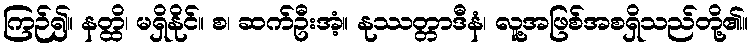
ကြဉ်၍။ နတ္ထိ၊ မရှိနိုင်။ စ၊ ဆက်ဦးအံ့။ နုဿတ္တာဒီနံ၊ လူ့အဖြစ်အစရှိသည်တို့၏။